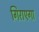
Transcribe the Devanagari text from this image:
गिराएगा